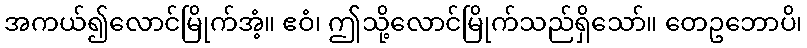
အကယ်၍လောင်မြိုက်အံ့။ ဧဝံ၊ ဤသို့လောင်မြိုက်သည်ရှိသော်။ တေဥဘောပိ၊